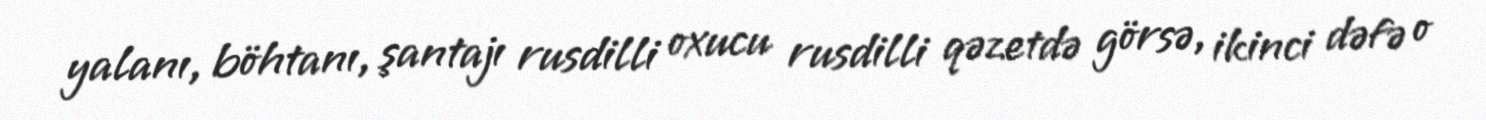
yalanı, böhtanı, şantajı rusdilli oxucu rusdilli qəzetdə görsə, ikinci dəfə o